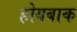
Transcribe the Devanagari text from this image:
होयबाक